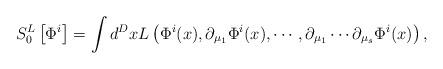
LaTeX: \begin{align*}S_0^L\left[ \Phi ^i\right] =\int d^DxL\left( \Phi ^i(x),\partial_{\mu _1}\Phi ^i(x),\cdots ,\partial _{\mu _1}\cdots \partial _{\mu _s}\Phi^i(x)\right) ,\end{align*}